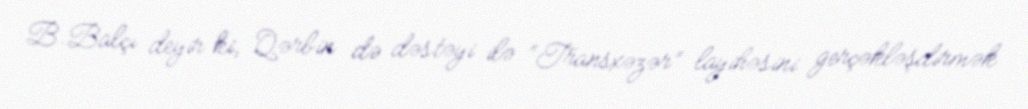
B.Balçı deyir ki, Qərbin də dəstəyi ilə “Transxəzər” layihəsini gerçəkləşdirmək